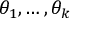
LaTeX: \theta _ { 1 } , \ldots , \theta _ { k }